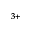
^ { 3 + }